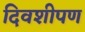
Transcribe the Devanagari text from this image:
दिवशीपण